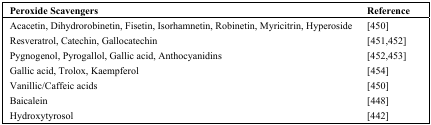
<table><thead><tr><td><b>Peroxide Scavengers</b></td><td><b>Reference</b></td></tr></thead><tbody><tr><td>Acacetin, Dihydrorobinetin, Fisetin, Isorhamnetin, Robinetin, Myricitrin, Hyperoside</td><td>[450]</td></tr><tr><td>Resveratrol, Catechin, Gallocatechin</td><td>[451,452]</td></tr><tr><td>Pygnogenol, Pyrogallol, Gallic acid, Anthocyanidins</td><td>[452,453]</td></tr><tr><td>Gallic acid, Trolox, Kaempferol</td><td>[454]</td></tr><tr><td>Vanillic/Caffeic acids</td><td>[450]</td></tr><tr><td>Baicalein</td><td>[448]</td></tr><tr><td>Hydroxytyrosol</td><td>[442]</td></tr></tbody></table>